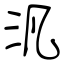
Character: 汎